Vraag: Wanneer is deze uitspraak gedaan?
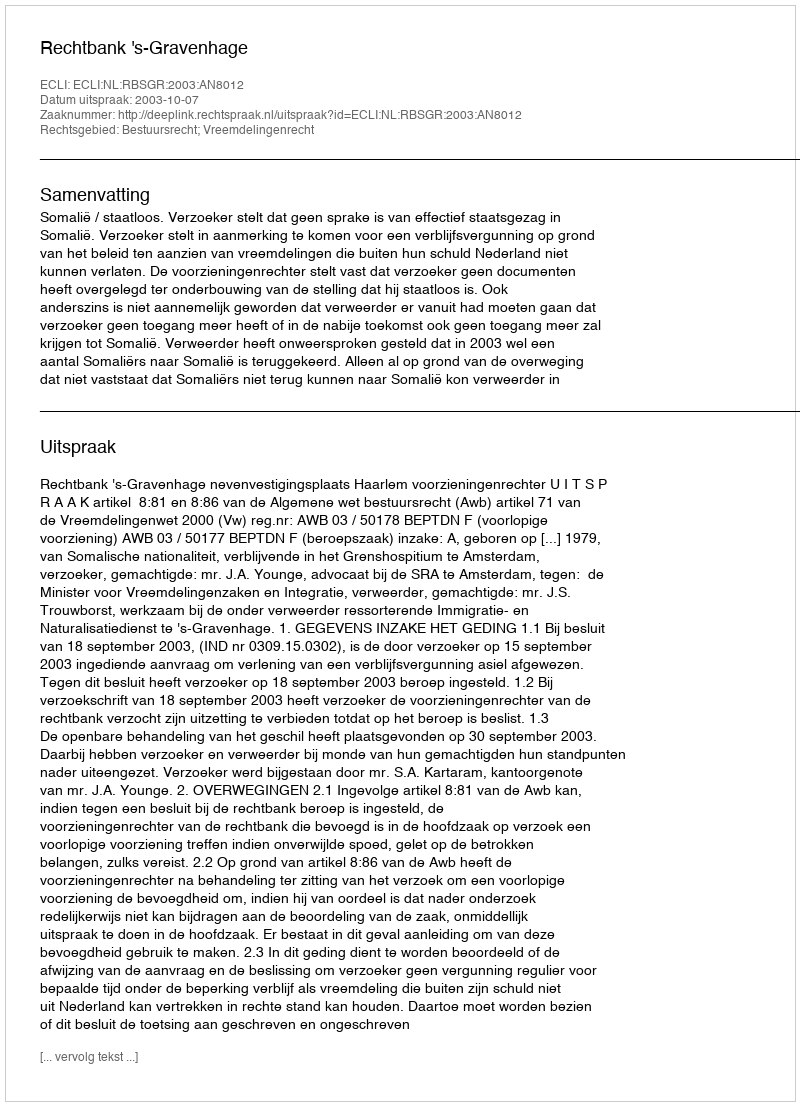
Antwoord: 2003-10-07